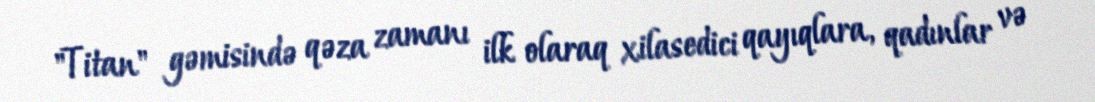
"Titan" gəmisində qəza zamanı ilk olaraq xilasedici qayıqlara, qadınlar və